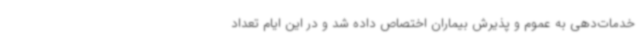
خدمات‌دهی به عموم و پذیرش بیماران اختصاص داده شد و در این ایام تعداد